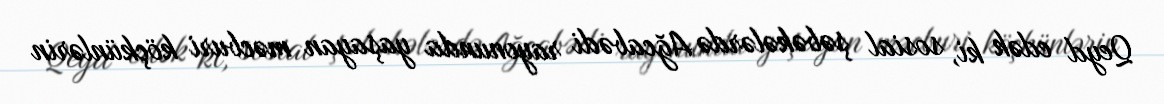
Qeyd edək ki, sosial şəbəkələrdə Ağcabədi rayonunda yaşayan məcburi köçkünlərin